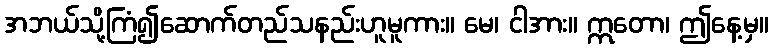
အဘယ်သို့ကြံ၍ဆောက်တည်သနည်းဟူမူကား။ မေ၊ ငါအား။ ဣတော၊ ဤနေ့မှ။